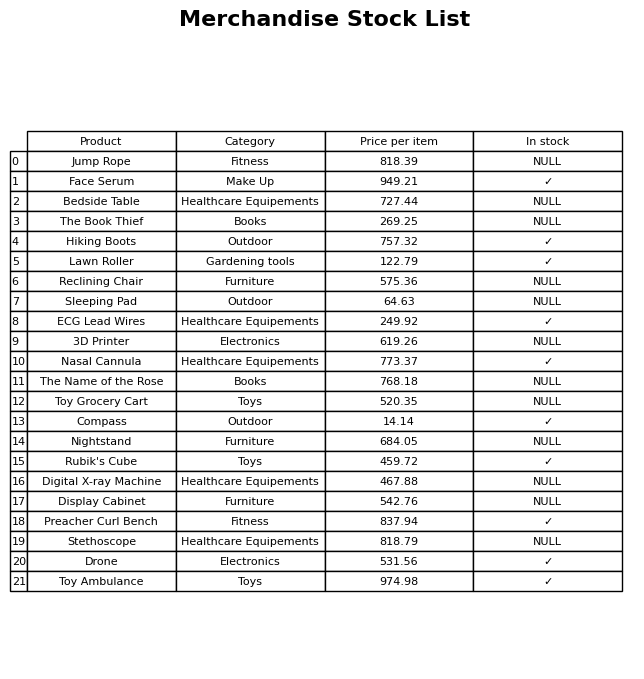
question: What is the price of the Jump Rope?
answer: The price of Jump Rope is 818.39.